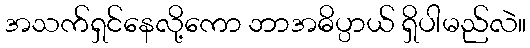
အသက်ရှင်နေလို့ကော ဘာအဓိပ္ပာယ် ရှိပါမည်လဲ။